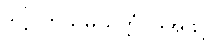
ဒိဋ္ဌိဂတသမ္ပယုတ္တံပုဒ်အဖွင့်